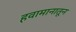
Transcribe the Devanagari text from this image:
हवामानातून